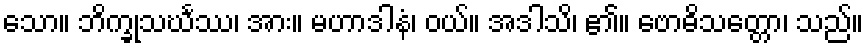
သော။ ဘိက္ခုသင်္ဃဿ၊ အား။ မဟာဒါနံ၊ ဝယ်။ အဒါသိ၊ ၏။ ဗောဓိသတ္တော၊ သည်။